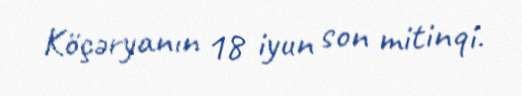
Köçəryanın 18 iyun son mitinqi.